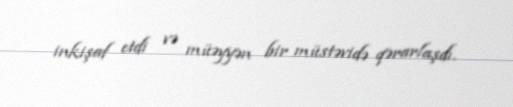
inkişaf etdi və müəyyən bir müstəvidə qərarlaşdı.